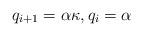
LaTeX: \begin{align*}q_{i+1}=\alpha \kappa, q_i=\alpha\end{align*}